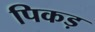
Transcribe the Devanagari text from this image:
पिकड़